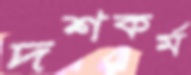
দশকর্ম